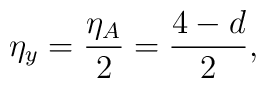
\eta_y=\frac{\eta_A}{2}=\frac{4-d}{2},